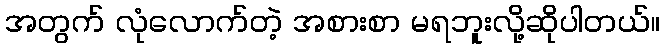
အတွက် လုံလောက်တဲ့ အစားစာ မရဘူးလို့ဆိုပါတယ်။